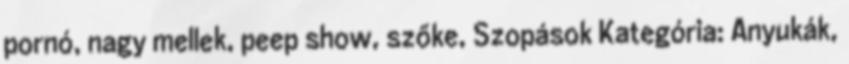
pornó, nagy mellek, peep show, szőke, Szopások Kategória: Anyukák,